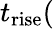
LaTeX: t_{\mathrm{rise}}(